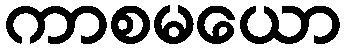
ကာစမယော